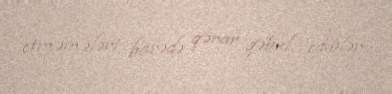
etməmələri barədə qərar qəbul ediblər.